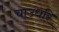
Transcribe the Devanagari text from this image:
चाउधरि